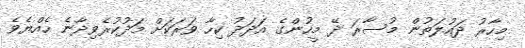
މިހާރު ދައުލަތުން މުސާރަ ދޭ މީހުންގެ އަދަދު ކިހާ ވަރަކަށް މަދުކުރެވިދާނެ ހެއްޔެވެ